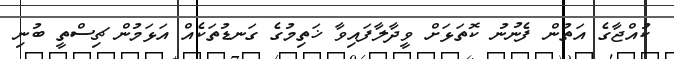
ކުއްޖާގެ އަތުން ފެނުނު ކޮތަޅަށް ވީދާލާފައިވާ ޚަތިމުގެ ގަނޑުތަކެއް އަޅަމުން ޗިސްތީ ބުނި